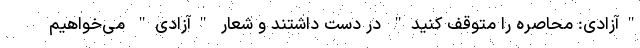
"آزادی: محاصره را متوقف کنید" در دست داشتند و شعار "آزادی" می‌خواهیم